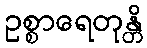
ဥစ္စာရေတုန္တိ